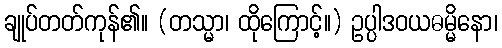
ချုပ်တတ်ကုန်၏။ (တသ္မာ၊ ထိုကြောင့်။) ဥပ္ပါဒဝယဓမ္မိနော၊